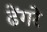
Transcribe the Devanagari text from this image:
ढेंगरे